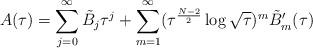
LaTeX: \begin{align*}A(\tau )=\sum_{j=0}^\infty \tilde{B}_{j}\tau^j+\sum_{m=1}^\infty (\tau ^{\frac{N-2}{2}}\log \sqrt{\tau })^m\tilde{B}_{m}'(\tau) \end{align*}